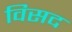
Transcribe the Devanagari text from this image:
विसद